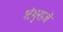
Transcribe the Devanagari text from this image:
शंभुराजे